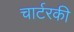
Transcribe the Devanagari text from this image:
चार्टरकी